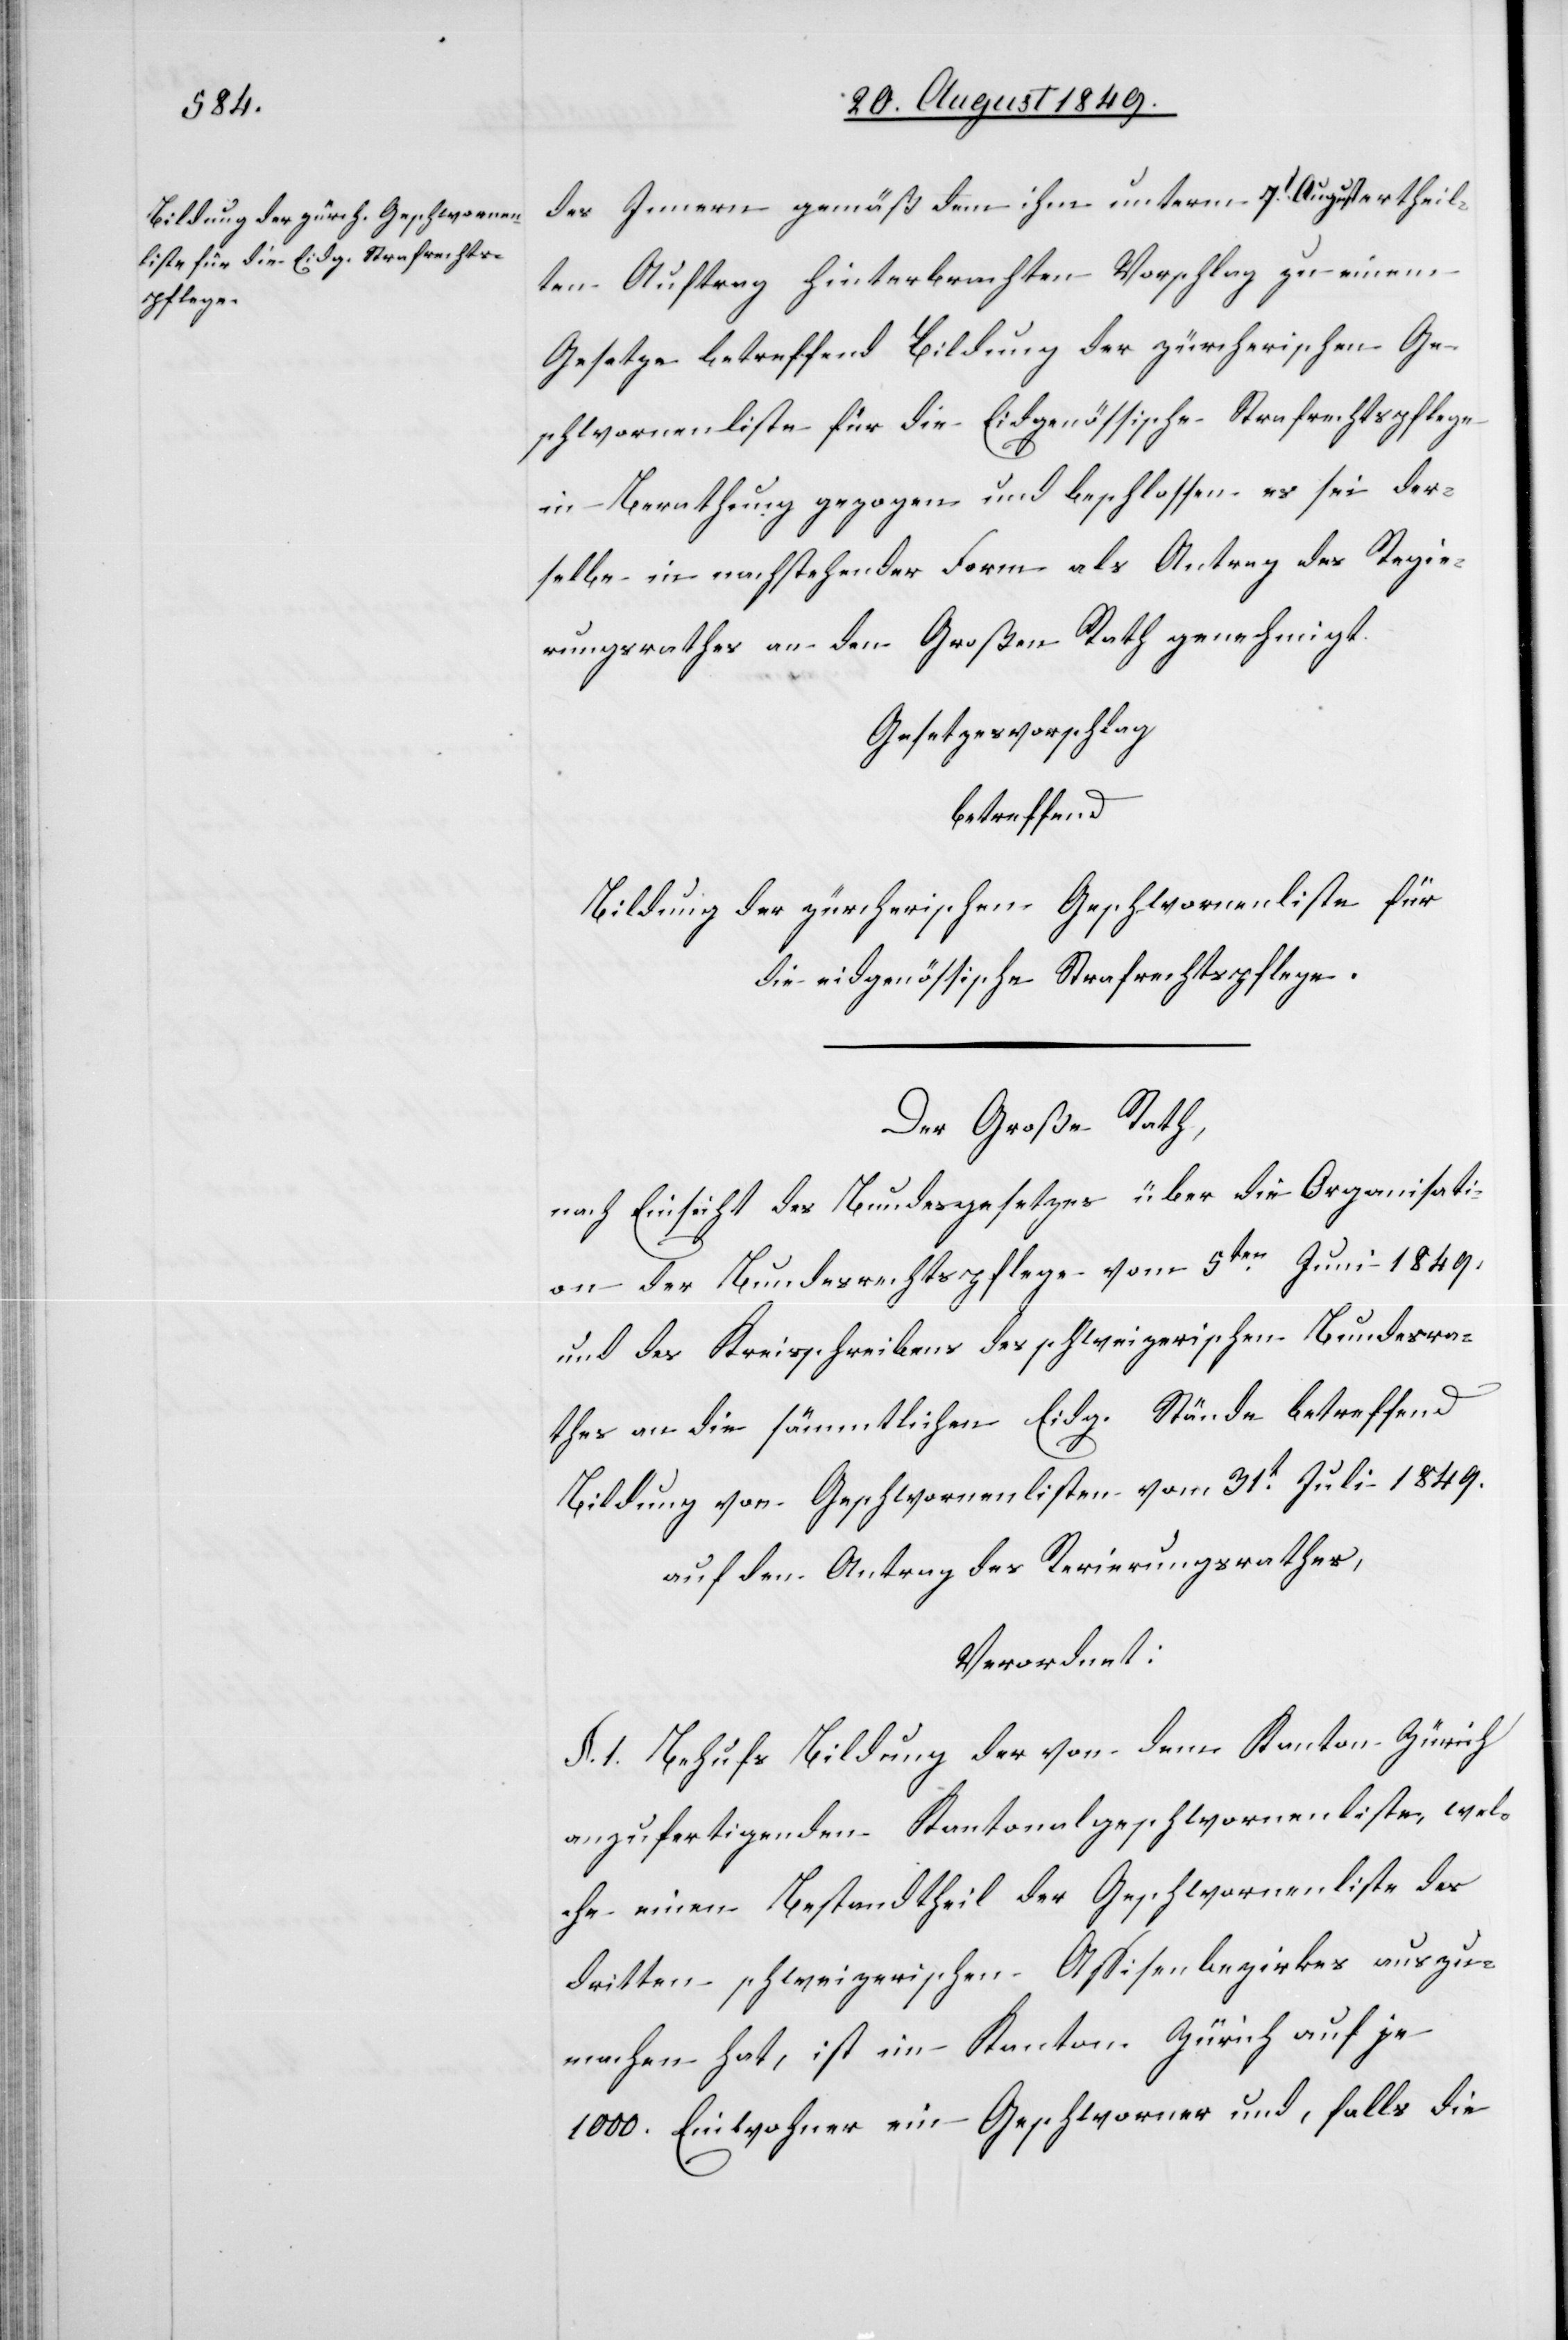
des Innern gemäß dem ihm unterm 7t August ertheil¬
ten Auftrag hinterbrachten Vorschlag zu einem
Gesetze betreffend Bildung der zürcherischen Ge¬
schwornenliste für die Eidgenössische Strafrechtspflege
in Berathung gezogen und beschlossen es sei der¬
selbe in nachstehender Form als Antrag des Regie¬
rungsrathes an den Großen Rath genehmigt.
Gesetzesvorschlag
betreffend
Bildung der zürcherischen Geschwornenliste für
die eidgenössische Strafrechtspflege.
Der Große Rath,
nach Einsicht des Bundesgesetzes über die Organisati¬
on der Bundesrechtspflege vom 5ten Juni 1849,
und des Kreisschreibens des schweizerischen Bundesra¬
thes an die sämmtlichen Eidg. Stände betreffend
Bildung von Geschwornenlisten vom 31t Juli 1849.
auf den Antrag des Regierungsrathes,
Verordnet:
§. 1. Behufs Bildung der von dem Kanton Zürich
anzufertigenden Kantonalgeschwornenliste, wel¬
che einen Bestandtheil der Geschwornenliste des
dritten schweizerischen Assisenbezirkes auszu¬
machen hat, ist im Kanton Zürich auf je
1000. Einwohner ein Geschworner und, falls die